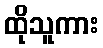
ထိုသူကား